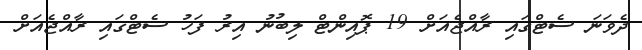
ދެވަނަ ސެޓްގައި ރާއްޖެއަށް 19 ޕޮއިންޓް ލިބުނު އިރު ފަހު ސެޓްގައި ރާއްޖެއަށް